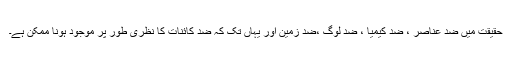
حقیقت میں ضد عناصر ، ضد کیمیا ، ضد لوگ ،ضد زمین اور یہاں تک کہ ضد کائنات کا نظری طور پر موجود ہونا ممکن ہے۔